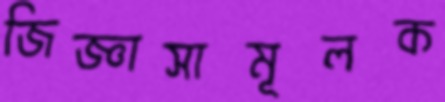
জিজ্ঞাসামূলক